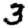
Digit: 3